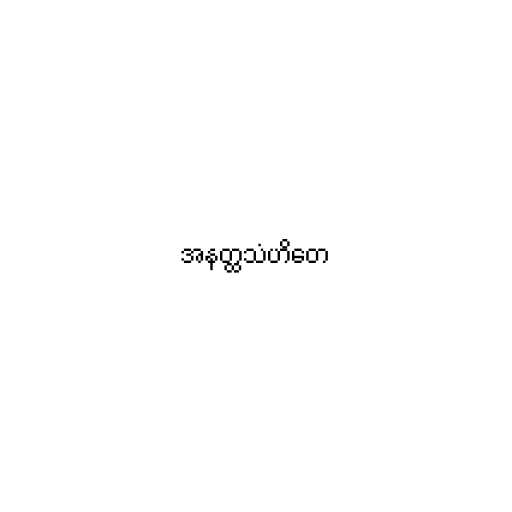
အနတ္ထသံဟိတေ